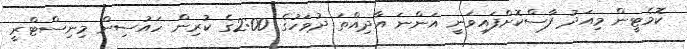
ކޮމެޓީން މިއަދު ފާސްކޮށްފައިވަނީ އަންނަ އާދިއްތަ ދުވަހުގެ 2:00ގެ ކުރިން ހައުސިން މިނިސްޓްރީ